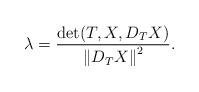
LaTeX: \begin{align*}\lambda =\frac{\det (T,X,D_{T}X)}{\left\Vert D_{T}X\right\Vert ^{2}}. \end{align*}